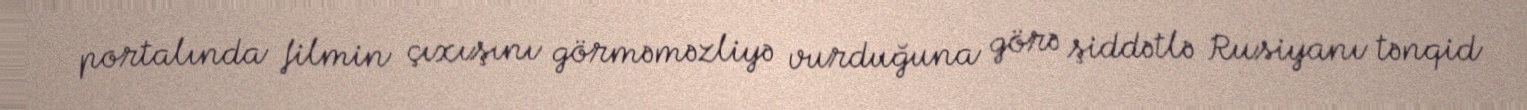
portalında filmin çıxışını görməməzliyə vurduğuna görə şiddətlə Rusiyanı tənqid